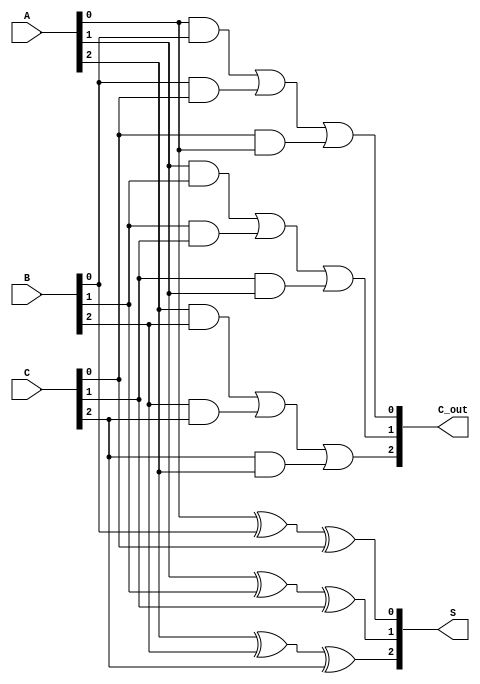
module CarrySaveAdder (
    input  [2:0] A,  // 3-bit input A
    input  [2:0] B,  // 3-bit input B
    input  [2:0] C,  // 3-bit input C
    output [2:0] S,  // 3-bit sum output
    output [2:0] C_out // 3-bit carry output
);

// Internal wire declarations for sum and carry
wire [2:0] sum;
wire [2:0] carry;

// Full Adder Logic for each bit
assign sum[0] = A[0] ^ B[0] ^ C[0]; // S0 = A0 XOR B0 XOR C0
assign carry[0] = (A[0] & B[0]) | (B[0] & C[0]) | (C[0] & A[0]); // C0

assign sum[1] = A[1] ^ B[1] ^ C[1]; // S1 = A1 XOR B1 XOR C1
assign carry[1] = (A[1] & B[1]) | (B[1] & C[1]) | (C[1] & A[1]); // C1

assign sum[2] = A[2] ^ B[2] ^ C[2]; // S2 = A2 XOR B2 XOR C2
assign carry[2] = (A[2] & B[2]) | (B[2] & C[2]) | (C[2] & A[2]); // C2

// Assigning outputs
assign S = sum;
assign C_out = carry;

endmodule